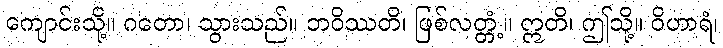
ကျောင်းသို့။ ဂတော၊ သွားသည်။ ဘဝိဿတိ၊ ဖြစ်လတ္တံ့။ ဣတိ၊ ဤသို့။ ဝိဟာရံ၊